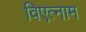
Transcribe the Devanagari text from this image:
विएत्नाम